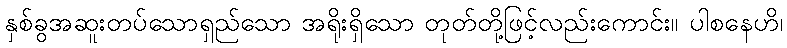
နှစ်ခွအဆူးတပ်သောရှည်သော အရိုးရှိသော တုတ်တို့ဖြင့်လည်းကောင်း။ ပါစနေဟိ၊